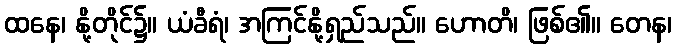
ထနေ၊ နို့တိုင်၌။ ယံခီရံ၊ အကြင်နို့ရှည်သည်။ ဟောတိ၊ ဖြစ်၏။ တေန၊